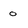
Character: 0